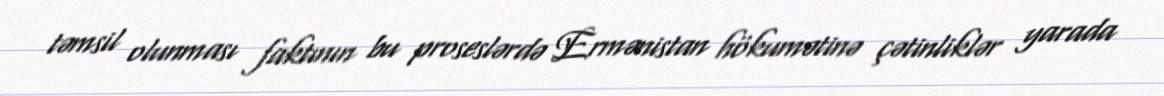
təmsil olunması faktının bu proseslərdə Ermənistan hökumətinə çətinliklər yarada